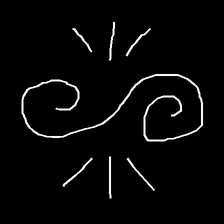
Glyph: wind-directs-air